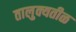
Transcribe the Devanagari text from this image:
तालुक्यतीळ